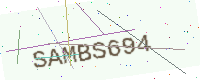
Text: SAMBS694